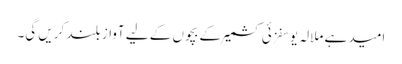
امید ہے ملالہ یوسفزئی کشمیر کے بچوں کے لیے آواز بلند کریں گی۔